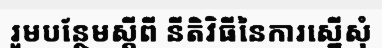
រួមបន្ថែមស្តីពី នីតិវិធីនៃការស្នើសុំ